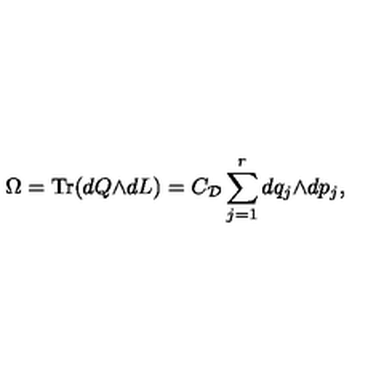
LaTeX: \Omega = \mathrm { T r } ( d Q { \wedge } d L ) = C _ { \cal D } \sum _ { j = 1 } ^ { r } d q _ { j } { \wedge } d p _ { j } ,